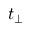
t _ { \perp }